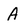
Character: A